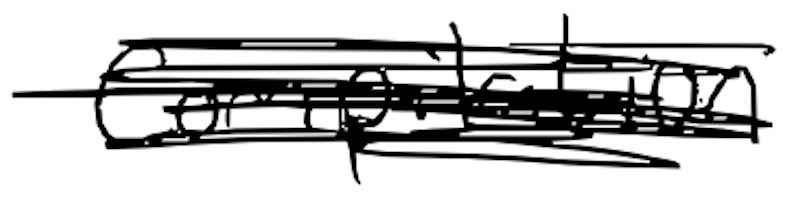
Text: compilation
Cross-out: scratch
Writing tool: digital_black